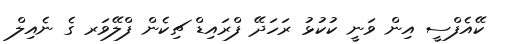
ކޭއެފްސީ އިން ވަނީ ކުކުޅު ރަހަދޭ ފްރައިޑް ޗިކެން ފްލޭވަރ ގެ ނެއިލް